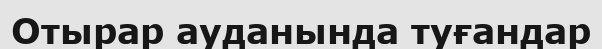
Отырар ауданында туғандар